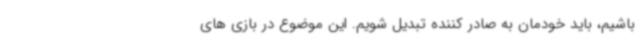
باشیم، باید خودمان به صادر کننده تبدیل شویم. این موضوع در بازی های